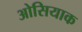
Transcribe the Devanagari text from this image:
ओसियाक